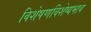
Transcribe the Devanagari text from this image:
विशेषणविशेष्यभाव